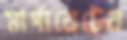
মার্গারেটের